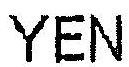
YEN